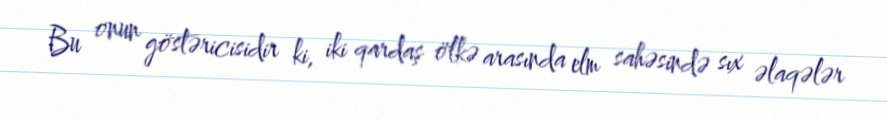
Bu onun göstəricisidir ki, iki qardaş ölkə arasında elm sahəsində sıx əlaqələr